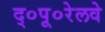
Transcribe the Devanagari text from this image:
द्०पू०रेलवे